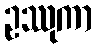
ဥဿုကာ